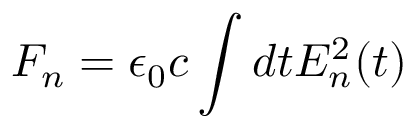
F _ { n } = \epsilon _ { 0 } c \int { d t E _ { n } ^ { 2 } ( t ) }